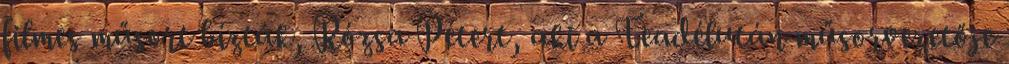
filmes műsort bízták, Rózsa Pétert, aki a Teadélután műsorvezetője